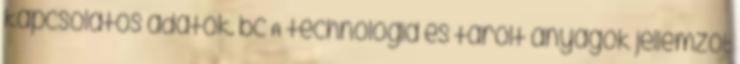
kapcsolatos adatok. bc A technológia és tárolt anyagok jellemzõi: